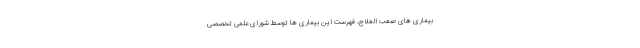
بیماری های صعب العلاج، فهرست این بیماری ها توسط شورای علمی تخصصی